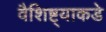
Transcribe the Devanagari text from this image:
वैशिष्ट्याकडे